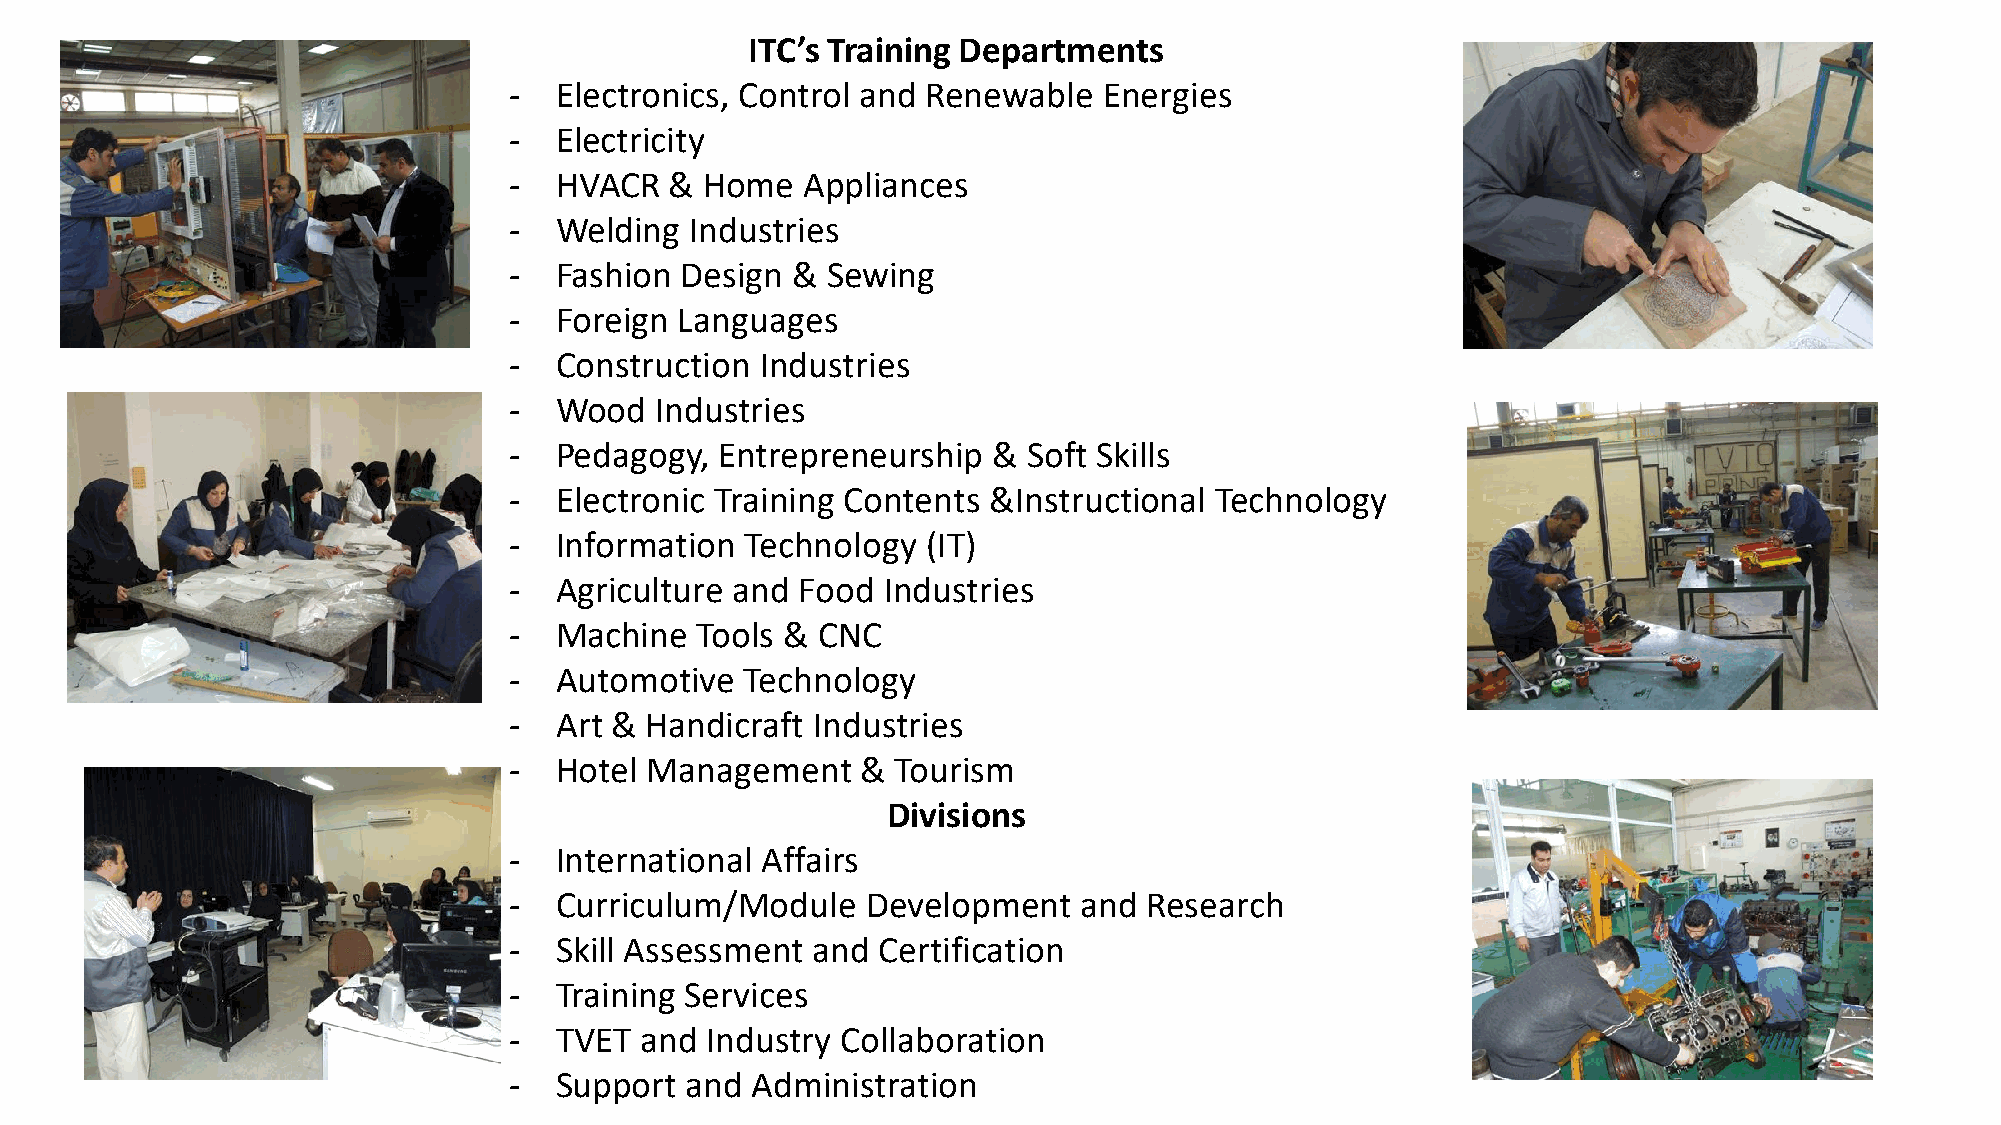
ITC’s Training Departments
 -  Electronics, Control and Renewable  Energies
 -  Electricity
 -  HVACR  &  Home  Appliances
 -  Welding  Industries
 -  Fashion Design &  Sewing
 -  Foreign Languages
 -  Construction Industries
 -  Wood  Industries
 -  Pedagogy,  Entrepreneurship  & Soft Skills
 -  Electronic Training Contents &Instructional Technology
 -  Information Technology  (IT)
 -  Agriculture and Food  Industries
 -  Machine  Tools & CNC
 -  Automotive  Technology
 -  Art & Handicraft Industries
 -  Hotel Management    & Tourism
 Divisions
 -  International Affairs
 -  Curriculum/Module   Development    and Research
 -  Skill Assessment and Certification
 -  Training Services
 -  TVET and  Industry Collaboration
 -  Support and  Administration